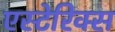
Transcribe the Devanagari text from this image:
एस्टेरिक्स